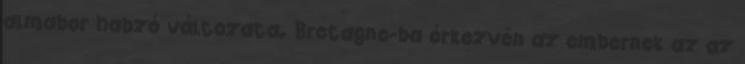
almabor habzó változata. Bretagne-ba érkezvén az embernek az az